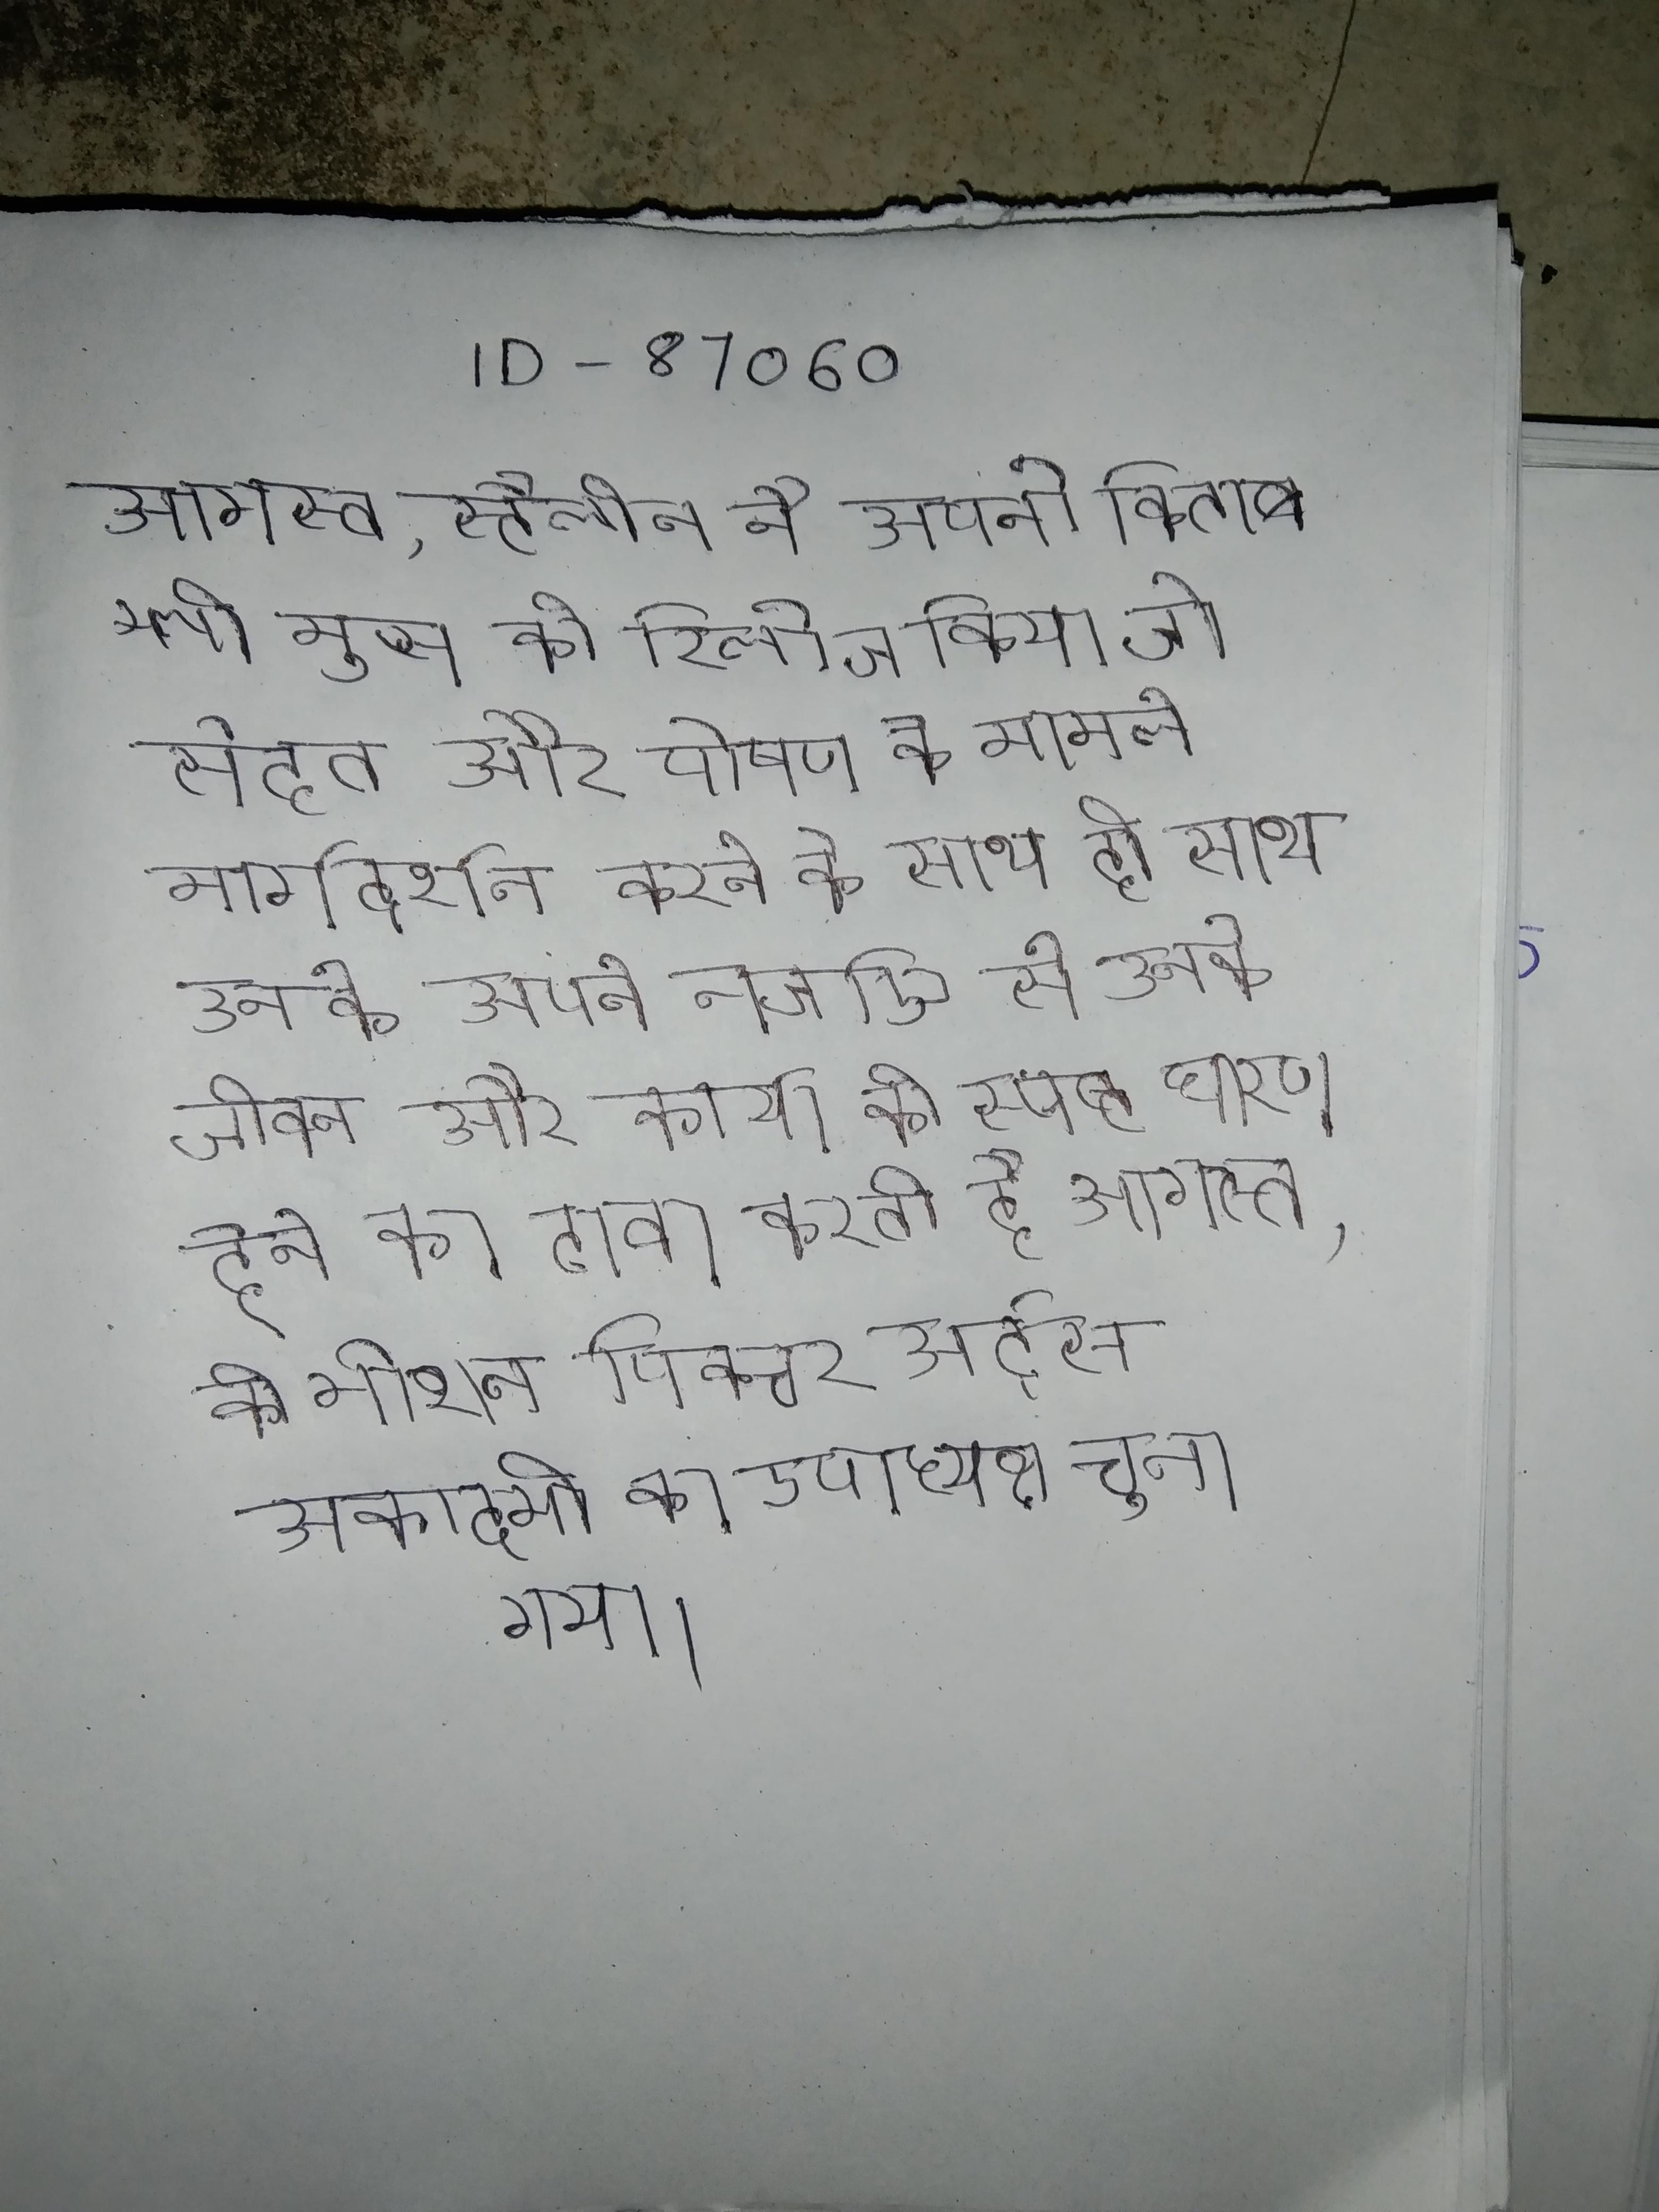
अगस्त, स्टैलोन ने अपनी किताब स्ली मुव्स को रिलीज किया जो सेहत और पोषण के मामले मार्गदर्शन करने के साथ ही साथ उनके अपने नजरिए से उनके जीवन और कार्यो की स्पष्ट धारणा देने का दावा करती है । अगस्त, को मोशन पिक्चर आर्ट्स अकादमी का उपाध्यक्ष चुना गया ।